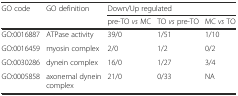
<table><thead><tr><td><b>GO code</b></td><td><b>GO definition</b></td><td colspan="3"><b>Down/Up regulated</b></td></tr><tr><td></td><td></td><td><b>pre-TO <i>vs</i> MC</b></td><td><b>TO <i>vs</i> pre-TO</b></td><td><b>MC <i>vs</i> TO</b></td></tr></thead><tbody><tr><td>GO:0016887</td><td>ATPase activity</td><td>39/0</td><td>1/51</td><td>1/10</td></tr><tr><td>GO:0016459</td><td>myosin complex</td><td>2/0</td><td>1/2</td><td>0/2</td></tr><tr><td>GO:0030286</td><td>dynein complex</td><td>16/0</td><td>1/27</td><td>3/4</td></tr><tr><td>GO:0005858</td><td>axonemal dynein complex</td><td>21/0</td><td>0/33</td><td>NA</td></tr></tbody></table>